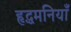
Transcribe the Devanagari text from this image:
हृद्धमनियाँ